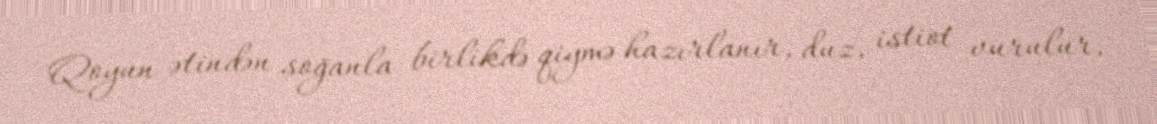
Qoyun ətindən soğanla birlikdə qiymə hazırlanır, duz, istiot vurulur,